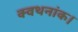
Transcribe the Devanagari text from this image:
क्वथनांक।